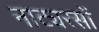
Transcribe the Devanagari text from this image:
नाट्यरसों